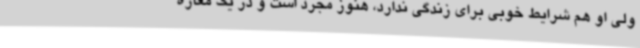
ولی او هم شرایط خوبی برای زندگی ندارد، هنوز مجرد است و در یک مغازه